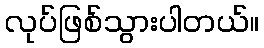
လုပ်ဖြစ်သွားပါတယ်။